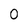
Character: 0